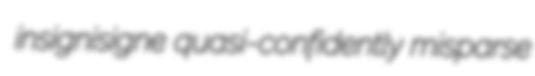
insignisigne quasi-confidently misparse